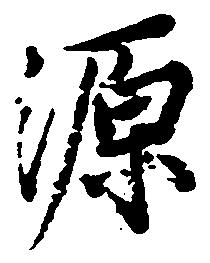
源